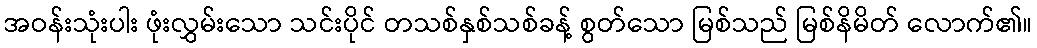
အဝန်းသုံးပါး ဖုံးလွှမ်းသော သင်းပိုင် တသစ်နှစ်သစ်ခန့် စွတ်သော မြစ်သည် မြစ်နိမိတ် လောက်၏။